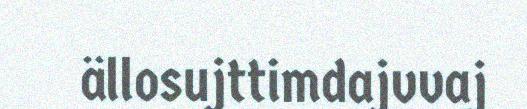
ällosujttimdajvvaj